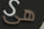
هى